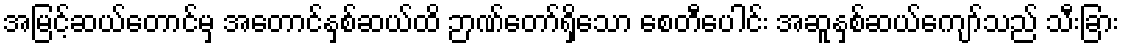
အမြင့်ဆယ်တောင်မှ အတောင်နှစ်ဆယ်ထိ ဉာဏ်တော်ရှိသော စေတီပေါင်း အဆူနှစ်ဆယ်ကျော်သည် သီးခြား